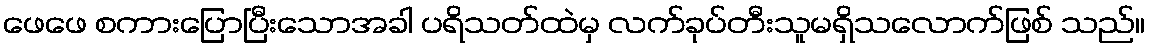
ဖေဖေ စကားပြောပြီးသောအခါ ပရိသတ်ထဲမှ လက်ခုပ်တီးသူမရှိသလောက်ဖြစ် သည်။